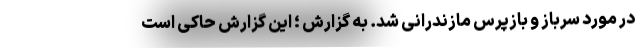
در مورد سرباز و بازپرس مازندرانی شد. به گزارش ؛ این گزارش حاکی است